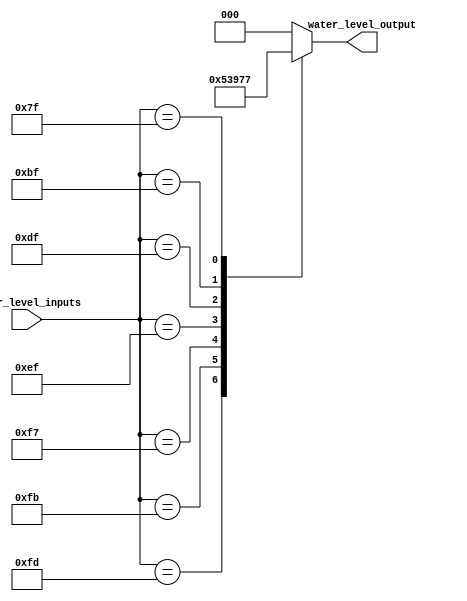
module water_level_indicator(
    input [7:0] water_level_inputs, // 8-bit input representing water level sensors
    output reg [2:0] water_level_output // 3-bit output representing water level indicator
);

always @(*) begin
    case(water_level_inputs)
        8'b11111110: water_level_output = 3'b000; // Sensor 1 is active
        8'b11111101: water_level_output = 3'b001; // Sensor 2 is active
        8'b11111011: water_level_output = 3'b010; // Sensor 3 is active
        8'b11110111: water_level_output = 3'b011; // Sensor 4 is active
        8'b11101111: water_level_output = 3'b100; // Sensor 5 is active
        8'b11011111: water_level_output = 3'b101; // Sensor 6 is active
        8'b10111111: water_level_output = 3'b110; // Sensor 7 is active
        8'b01111111: water_level_output = 3'b111; // Sensor 8 is active
        default: water_level_output = 3'b000; // No sensor is active
    endcase
end

endmodule